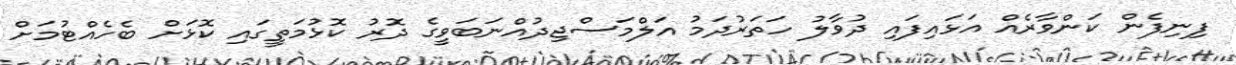
ފިނިފެން ކަންވާރެއް އަޅައިފައި ދުވާލު ހަތަރުދަމު އަލްމަސްޖިދުއްނަބަވީގެ ދޮރު ކޮޅުމަތީގައި ކޮޅަށް ބެހެއްޓުމަށް